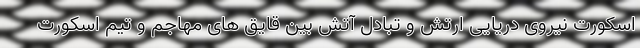
اسکورت نیروی دریایی ارتش و تبادل آتش بین قایق های مهاجم و تیم اسکورت